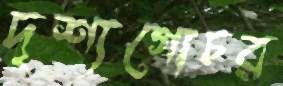
দৃশ্যগোচর